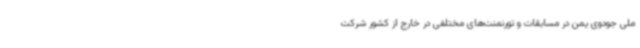
ملی جودوی یمن در مسابقات و تورنمنت‌های مختلفی در خارج از کشور شرکت